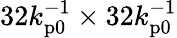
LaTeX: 32k_{\mathrm{p0}}^{-1}\times 32k_{\mathrm{p0}}^{-1}